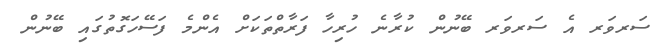
ސަރވަރ އެ ސަރވަރ ބޭނުން ކުރާނެ ހުރިހާ ފަރާތްތަކަށް އެންމެ ފަސޭހަގޮތުގައި ބޭނުން